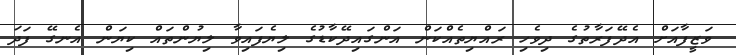
ވަޒީފާއަށް އެދޭފަރާތުގެ ދިވެހި ރައްޔިތެއްކަން އަންގައިދޭކާޑުގެ ލިޔެފައިވާ ލިޔުންތައް ކިޔަން އެނގޭ ފަދަ